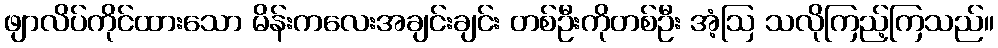
ဖျာလိပ်ကိုင်ထားသော မိန်းကလေးအချင်းချင်း တစ်ဦးကိုတစ်ဦး အံ့ဩ သလိုကြည့်ကြသည်။